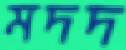
মদদ